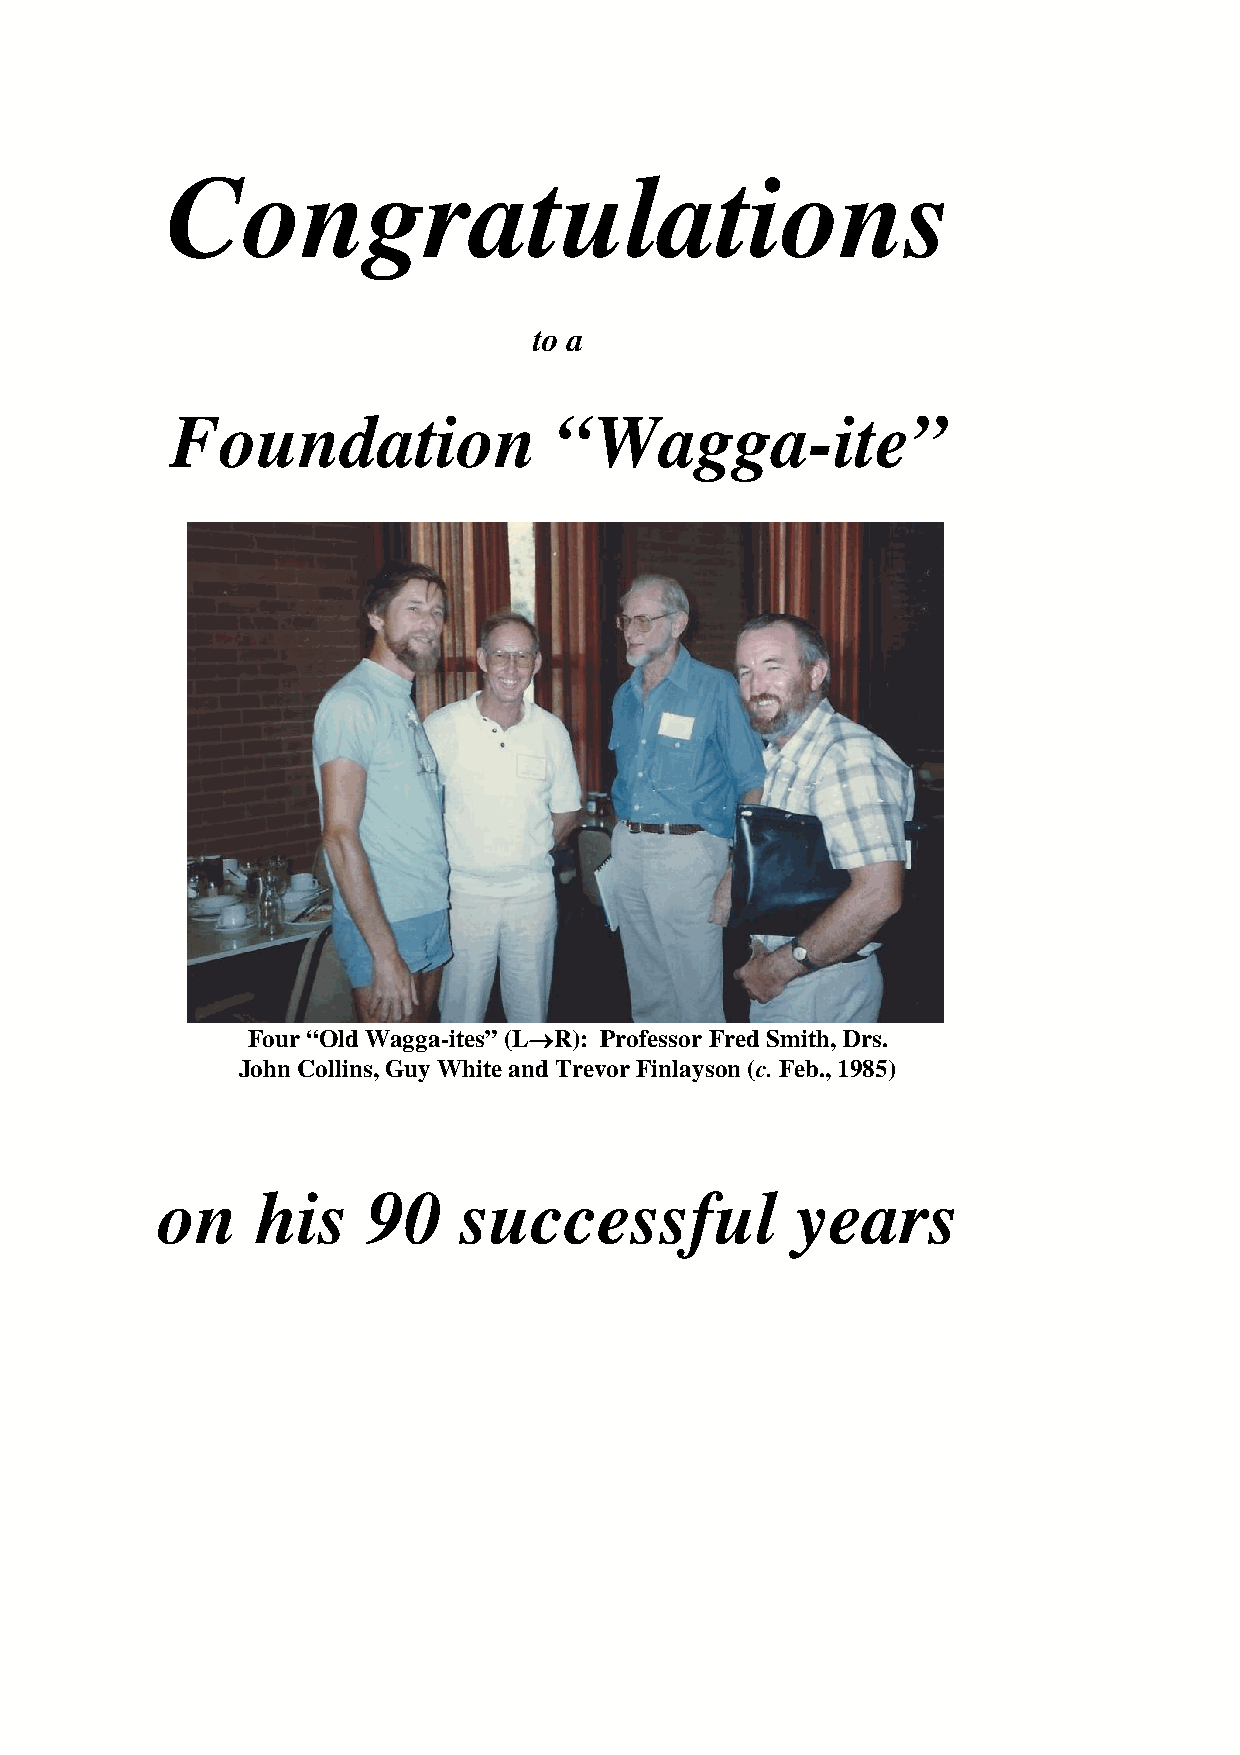
Congratulations
 to a
 Foundation                “Wagga-ite”
 Four “Old Wagga-ites” (L→R): Professor Fred Smith, Drs.
 John Collins, Guy White and Trevor Finlayson (c. Feb., 1985)
 on     his    90    successful             years